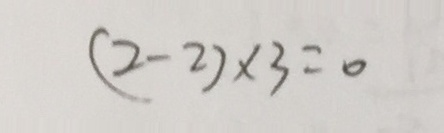
( 2 - 2 ) \times 3 = 0